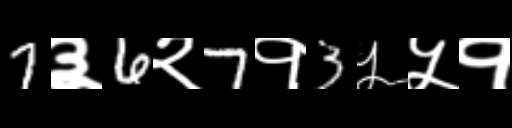
Text: 7३6२7१3५५१